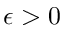
\epsilon > 0